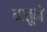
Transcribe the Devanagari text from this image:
धातूने